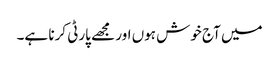
میں آج خوش ہوں اور مجھے پارٹی کرنا ہے۔